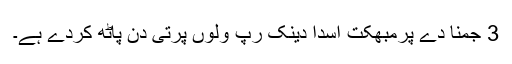
3 جمنا دے پرمبھکت اسدا دینک رپ ولوں پرتی دن پاٹھ کردے ہے۔